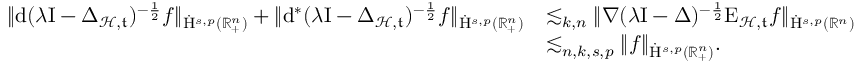
\begin{array} { r l } { \lVert \mathrm { d } ( \lambda \mathrm { I } - \Delta _ { \mathcal { H } , \mathfrak { t } } ) ^ { - \frac { 1 } { 2 } } f \rVert _ { \dot { \mathrm { H } } ^ { s , p } ( \mathbb { R } _ { + } ^ { n } ) } + \lVert \mathrm { d } ^ { \ast } ( \lambda \mathrm { I } - \Delta _ { \mathcal { H } , \mathfrak { t } } ) ^ { - \frac { 1 } { 2 } } f \rVert _ { \dot { \mathrm { H } } ^ { s , p } ( \mathbb { R } _ { + } ^ { n } ) } } & { \lesssim _ { k , n } \lVert \nabla ( \lambda \mathrm { I } - \Delta ) ^ { - \frac { 1 } { 2 } } \mathrm { E } _ { \mathcal { H } , \mathfrak { t } } f \rVert _ { \dot { \mathrm { H } } ^ { s , p } ( \mathbb { R } ^ { n } ) } } \\ & { \lesssim _ { n , k , s , p } \lVert f \rVert _ { \dot { \mathrm { H } } ^ { s , p } ( \mathbb { R } _ { + } ^ { n } ) } \mathrm { . ~ } } \end{array}